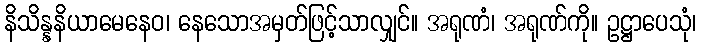
နိသိန္နနိယာမေနေဝ၊ နေသောအမှတ်ဖြင့်သာလျှင်။ အရုဏံ၊ အရုဏ်ကို။ ဥဋ္ဌာပေသုံ၊